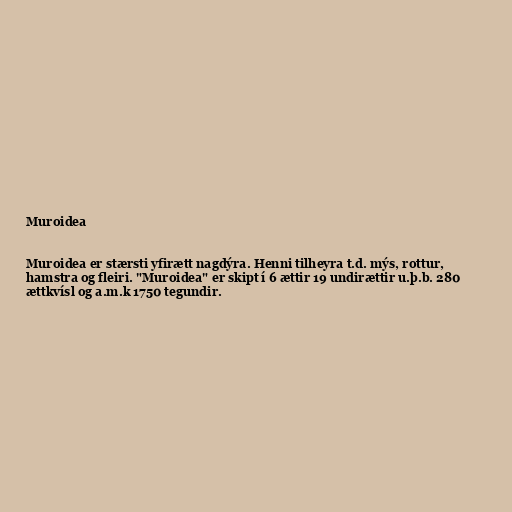
Muroidea

Muroidea er stærsti yfirætt nagdýra. Henni tilheyra t.d. mýs, rottur,
hamstra og fleiri. "Muroidea" er skipt í 6 ættir 19 undirættir u.þ.b. 280
ættkvísl og a.m.k 1750 tegundir.